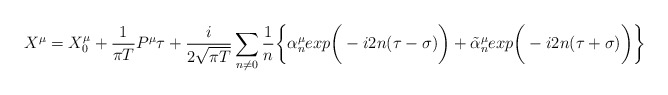
\begin{align*}X^{\mu} = X^{\mu}_0 + {1 \over \pi T} P^{\mu}\tau + {i \over 2\sqrt{\pi T}} \sum_{n \neq 0}{1\over n} \bigg\{ \alpha^{\mu}_n exp\bigg(-i2n(\tau - \sigma)\bigg) + \tilde{\alpha}^{\mu}_n exp\bigg(-i2n(\tau + \sigma )\bigg)\bigg\}\end{align*}